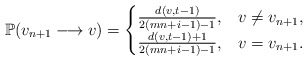
\begin{align*}\mathbb{P}(v_{n+1} \longrightarrow v) =\begin{cases}\frac{d(v,t-1)}{2(mn+i-1)-1}, & v\neq v_{n+1}, \\\frac{d(v,t-1)+1}{2(mn+i-1)-1}, & v=v_{n+1}.\end{cases}\end{align*}